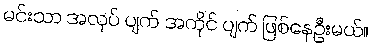
မင်းသာ အလုပ် ပျက် အကိုင် ပျက် ဖြစ်နေဦးမယ်။